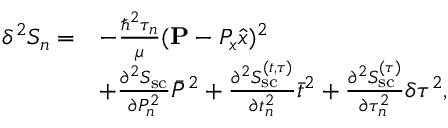
\begin{array} { r l } { \delta ^ { 2 } S _ { n } = } & { - \frac { \hbar ^ { 2 } \tau _ { n } } { \mu } ( { \bf P } - P _ { x } \hat { x } ) ^ { 2 } } \\ & { + \frac { \partial ^ { 2 } S _ { \mathrm { s c } } } { \partial P _ { n } ^ { 2 } } \bar { P } ^ { 2 } + \frac { \partial ^ { 2 } S _ { \mathrm { s c } } ^ { ( t , \tau ) } } { \partial t _ { n } ^ { 2 } } \bar { t } ^ { 2 } + \frac { \partial ^ { 2 } S _ { \mathrm { s c } } ^ { ( \tau ) } } { \partial \tau _ { n } ^ { 2 } } \delta \tau ^ { 2 } , } \end{array}